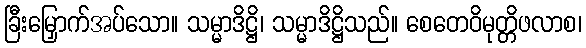
ခြီးမြှောက်အပ်သော။ သမ္မာဒိဋ္ဌိ၊ သမ္မာဒိဋ္ဌိသည်။ စေတေဝိမုတ္တိဖလာစ၊